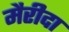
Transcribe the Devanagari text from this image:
मैरीदा